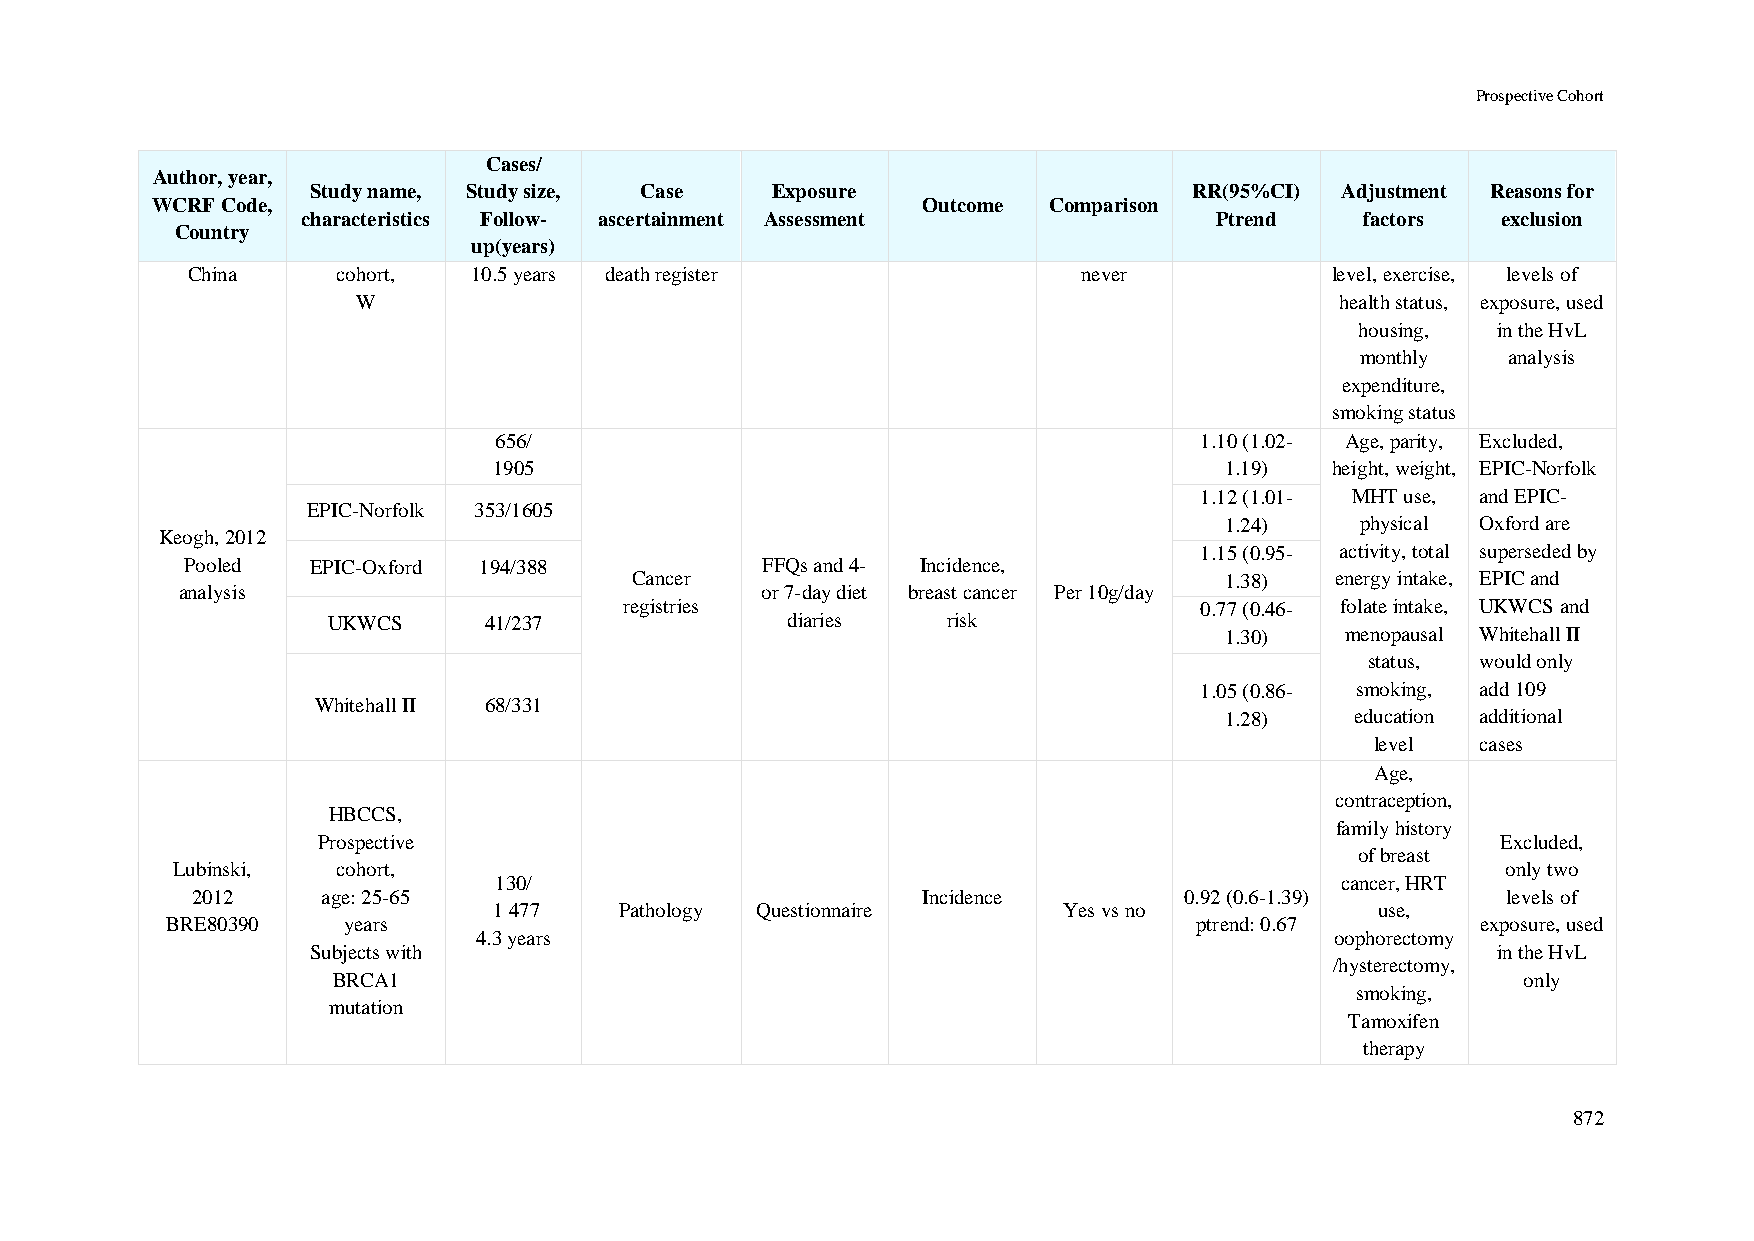
Prospective Cohort
 Cases/
 Author, year,
 Study name, Study size, Case  Exposure                    RR(95%CI) Adjustment Reasons for
 WCRF Code,                                         Outcome Comparison
 characteristics Follow- ascertainment Assessment            Ptrend    factors  exclusion
 Country
 up(years)
 China     cohort,  10.5 years death register                never           level, exercise, levels of
 W                                                                health status, exposure, used
 housing, in the HvL
 monthly   analysis
 expenditure,
 smoking status
 656/                                          1.10 (1.02- Age, parity, Excluded,
 1905                                            1.19)  height, weight, EPIC-Norfolk
 1.12 (1.01- MHT use, and EPIC-
 EPIC-Norfolk 353/1605
 1.24)    physical Oxford are
 Keogh, 2012
 1.15 (0.95- activity, total superseded by
 Pooled   EPIC-Oxford 194/388          FFQs and 4- Incidence,
 Cancer                                 1.38)  energy intake, EPIC and
 analysis                              or 7-day diet breast cancer Per 10g/day
 registries                            0.77 (0.46- folate intake, UKWCS and
 UKWCS     41/237              diaries    risk
 1.30)   menopausal Whitehall II
 status, would only
 1.05 (0.86- smoking, add 109
 Whitehall II 68/331
 1.28)    education additional
 level  cases
 Age,
 contraception,
 HBCCS,
 family history
 Prospective                                                                   Excluded,
 of breast
 Lubinski,  cohort,                                                                       only two
 130/                                                    cancer, HRT
 2012    age: 25-65                              Incidence        0.92 (0.6-1.39)       levels of
 1 477   Pathology Questionnaire      Yes vs no            use,
 BRE80390    years                                                   ptrend: 0.67       exposure, used
 4.3 years                                               oophorectomy
 Subjects with                                                                 in the HvL
 /hysterectomy,
 BRCA1                                                                          only
 smoking,
 mutation
 Tamoxifen
 therapy
 872